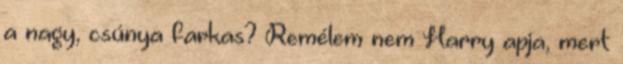
a nagy, csúnya farkas? Remélem nem Harry apja, mert